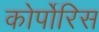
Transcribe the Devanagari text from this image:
कोर्पोरिस